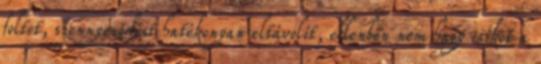
foltot, szennyeződést hatékonyan eltávolít, ellenben nem hagy csíkot a